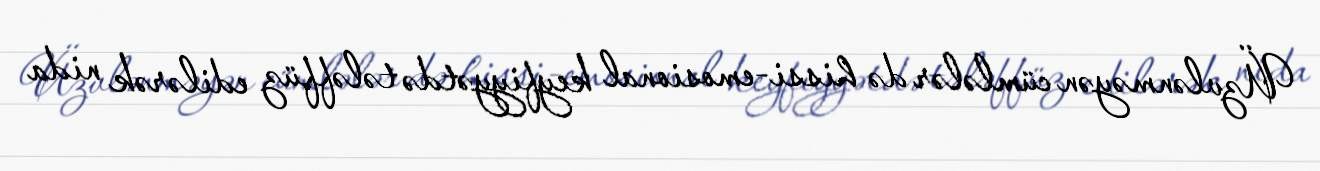
Üzvlənməyən cümlələr də hissi-emosional keyfiyyətdə tələffüz edilərək nida